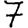
Digit: 7